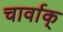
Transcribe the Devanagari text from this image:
चार्वाक्